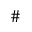
\#